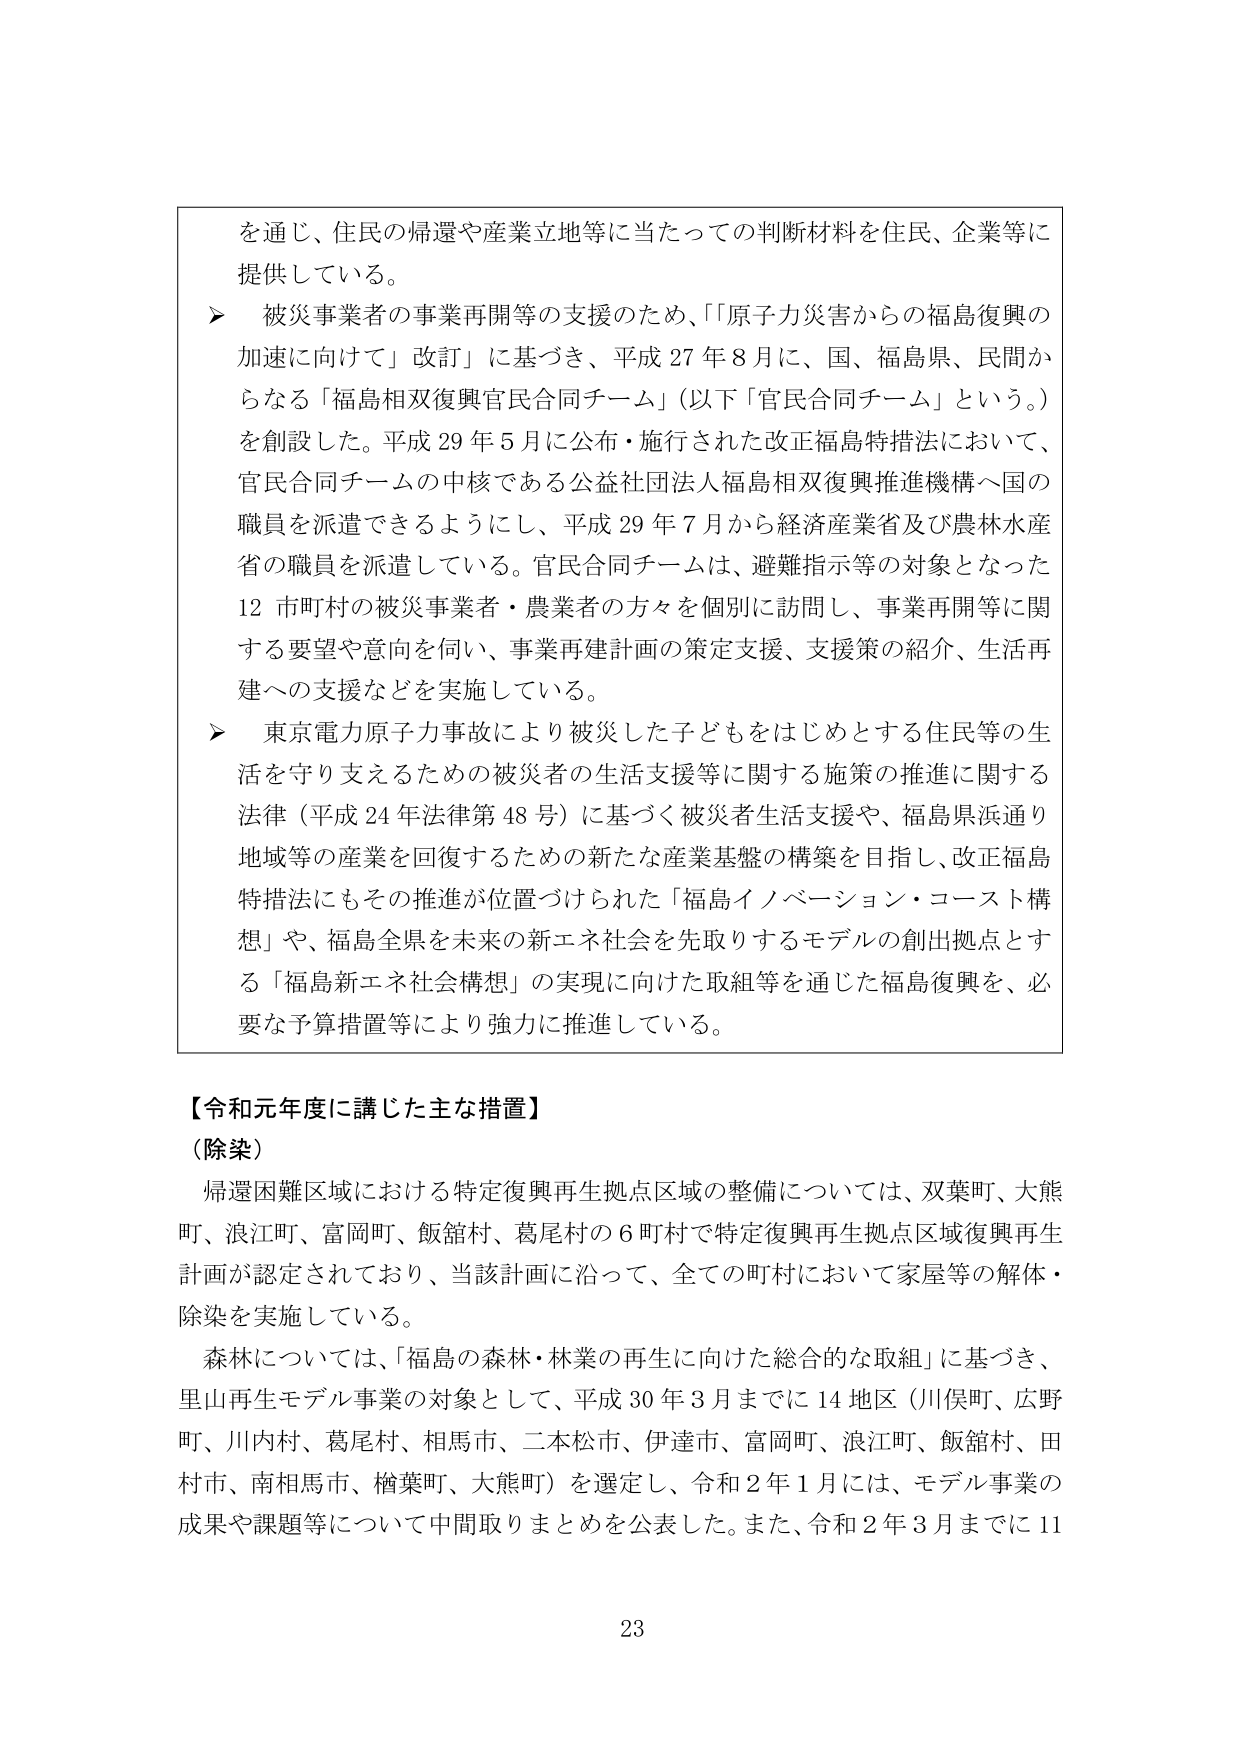
を通じ、住民の帰還や産業立地等に当たっての判断材料を住民、企業等に提供している。

➤ 被災事業者の事業再開等の支援のため、「『原子力災害からの福島復興の加速に向けて』改訂」に基づき、平成27年8月に、国、福島県、民間からなる「福島相双復興官民合同チーム」（以下「官民合同チーム」という。）を創設した。平成29年5月に公布・施行された改正福島特措法において、官民合同チームの中核である公益社団法人福島相双復興推進機構へ国の職員を派遣できるようにし、平成29年7月から経済産業省及び農林水産省の職員を派遣している。官民合同チームは、避難指示等の対象となった12市町村の被災事業者・農業者の方々を個別に訪問し、事業再開等に関する要望や意向を伺い、事業再建計画の策定支援、支援策の紹介、生活再建への支援などを実施している。

➤ 東京電力原子力事故により被災した子どもをはじめとする住民等の生活を守り支えるための被災者の生活支援等に関する施策の推進に関する法律（平成24年法律第48号）に基づく被災者生活支援や、福島県浜通り地域等の産業を回復するための新たな産業基盤の構築を目指し、改正福島特措法にもその推進が位置づけられた「福島イノベーション・コースト構想」や、福島全県を未来の新エネ社会を先取りするモデルの創出拠点とする「福島新エネ社会構想」の実現に向けた取組等を通じた福島復興を、必要な予算措置等により強力に推進している。

【令和元年度に講じた主な措置】

（除染）

帰還困難区域における特定復興再生拠点区域の整備については、双葉町、大熊町、浪江町、富岡町、飯舘村、葛尾村の6町村で特定復興再生拠点区域復興再生計画が認定されており、当該計画に沿って、全ての町村において家屋等の解体・除染を実施している。

森林については、「福島の森林・林業の再生に向けた総合的な取組」に基づき、里山再生モデル事業の対象として、平成30年3月までに14地区（川俣町、広野町、川内村、葛尾村、相馬市、二本松市、伊達市、富岡町、浪江町、飯舘村、田村市、南相馬市、楢葉町、大熊町）を選定し、令和2年1月には、モデル事業の成果や課題等について中間取りまとめを公表した。また、令和2年3月までに11

23